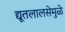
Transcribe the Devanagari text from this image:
द्यूतलालसेमुळे